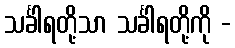
သင်္ခါရတို့သာ သင်္ခါရတို့ကို -